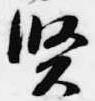
賢